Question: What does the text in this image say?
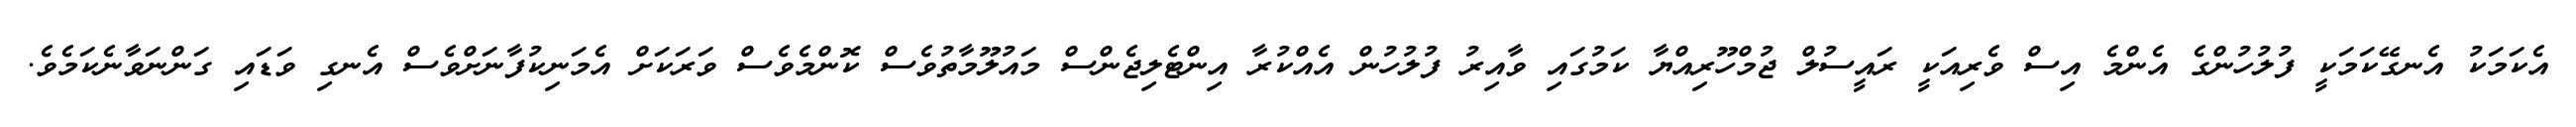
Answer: އެކަމަކު އެނގޭކަމަކީ ފުލުހުންގެ އެންމެ އިސް ވެރިއަކީ ރައީސުލް ޖުމްހޫރިއްޔާ ކަމުގައި ވާއިރު ފުލުހުން އެއްކުރާ އިންޓެލިޖެންސް މައުލޫމާތުވެސް ކޮންމެވެސް ވަރަކަށް އެމަނިކުފާނަށްވެސް އެނގި ވަޑައި ގަންނަވާނެކަމެވެ.